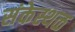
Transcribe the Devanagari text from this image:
संकेस्थळ